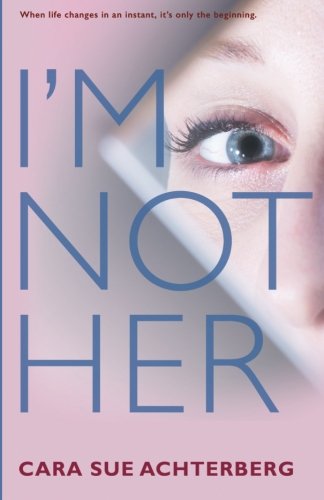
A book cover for I'm Not Her; Cara Sue Achterberg; Science Fiction & Fantasy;